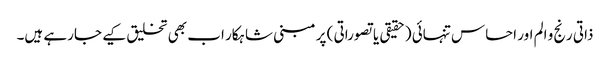
ذاتی رنج و الم اور احساس تنہائی (حقیقی یا تصوراتی ) پر مبنی شاہکار اب بھی تخلیق کیے جارہے ہیں۔